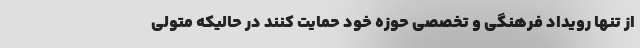
از تنها رویداد فرهنگی و تخصصی حوزه خود حمایت کنند در حالیکه متولی